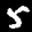
Label: 5